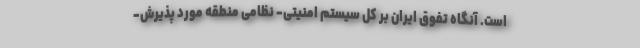
است. آنگاه تفوق ایران بر کل سیستم امنیتی- نظامی منطقه مورد پذیرش-